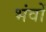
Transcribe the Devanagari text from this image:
भंवों